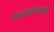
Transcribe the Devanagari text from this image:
मराठ्यांच्याकडे